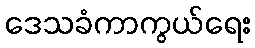
ဒေသခံကာကွယ်ရေး